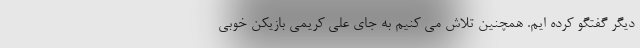
دیگر گفتگو کرده ایم. همچنین تلاش می کنیم به جای علی کریمی بازیکن خوبی